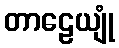
တာဠေယျုံ